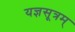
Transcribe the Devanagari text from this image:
यज्ञसूत्रम्